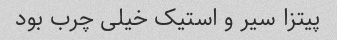
پیتزا سیر و استیک خیلی چرب بود